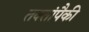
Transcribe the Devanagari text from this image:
तक्तांपैकी